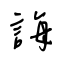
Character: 誨